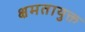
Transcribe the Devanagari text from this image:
क्षमतायुक्त